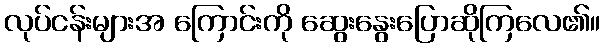
လုပ်ငန်းများအ ကြောင်းကို ဆွေးနွေးပြောဆိုကြလေ၏။